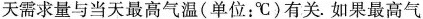
天需求量与当天最高气温(单位：℃)有关.如果最高气